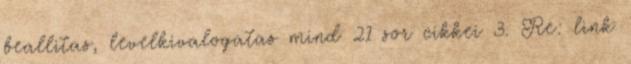
beallitas, levelkivalogatas mind 21 sor cikkei 3. Re: link